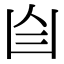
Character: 𦣹